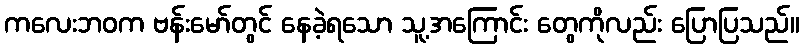
ကလေးဘဝက ဗန်းမော်တွင် နေခဲ့ရသော သူ့အကြောင်း တွေကိုလည်း ပြောပြသည်။